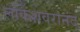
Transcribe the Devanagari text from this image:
लोकेशवरानंद